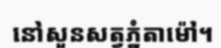
នៅសួនសត្វភ្នំតាម៉ៅ។